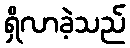
ရှိလာခဲ့သည်